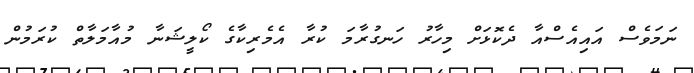
ނަމަވެސް އައިއެސްއާ ދެކޮޅަށް މިހާރު ހަނގުރާމަ ކުރާ އެމެރިކާގެ ކޯލީޝަނާ މުއާމަލާތް ކުރަމުން